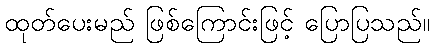
ထုတ်ပေးမည် ဖြစ်ကြောင်းဖြင့် ပြောပြသည်။